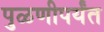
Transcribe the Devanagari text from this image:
पुळणीपर्यंत